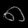
Digit: ၈